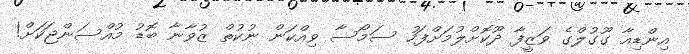
އިންޑިއާ ގޫގުލްގެ ވަޒީފާ ދޫކޮށްލުމަށްފަހު ސަމޯސާ ވިއްކަން ނުކުތް ޒުވާނާ ބޮޑު މުއްސަންޖަކަށް!